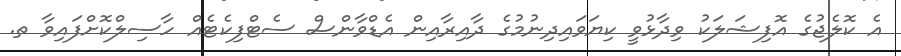
އެ ކޮލެޖުގެ އޮފިޝަލަކު ވިދާޅުވީ ކިޔަވައިދިނުމުގެ ދާއިރާއިން އެޑްވާންސް ސެޓްފިކެޓެއް ހާސިލްކޮށްފައިވާ ތ.